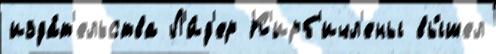
изда́т'ельства Л'и́д'ер К'ирб'ичл'ены вы́шел